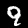
Digit: 9